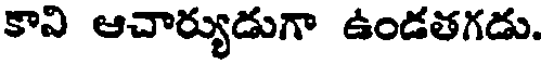
కావి ఆచార్యుడుగా ఉండతగడు.